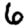
Digit: 6